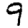
Digit: 9